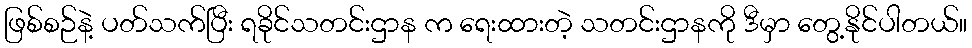
ဖြစ်စဉ်နဲ့ ပတ်သက်ပြီး ရခိုင်သတင်းဌာန က ရေးထားတဲ့ သတင်းဌာနကို ဒီမှာ တွေ့နိုင်ပါတယ်။